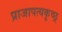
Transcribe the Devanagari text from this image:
प्राजापत्यकृच्छ्र